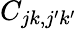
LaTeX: C_{jk,j^{\prime}k^{\prime}}